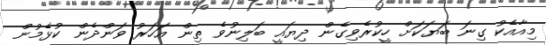
މިއާއެކު ގިނަ ބަޔަކަށް ހީކުރެވިގެން ދިޔައީ ބަލިނުވެ ތިން އަހަރު ވަންދެން ކުޅެމުން